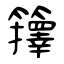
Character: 籜